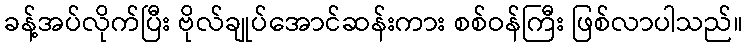
ခန့်အပ်လိုက်ပြီး ဗိုလ်ချုပ်အောင်ဆန်းကား စစ်ဝန်ကြီး ဖြစ်လာပါသည်။